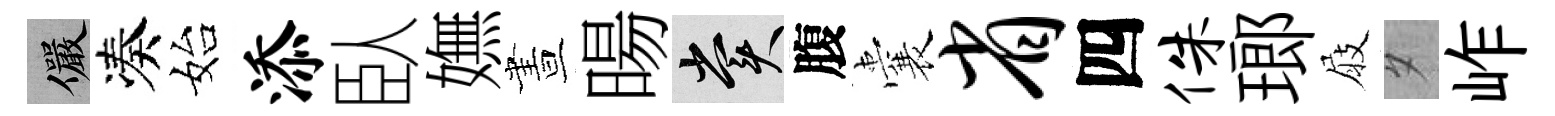
儼凑始添臥嫵晝暘賞腹囊省四侏瑯屐夕岞